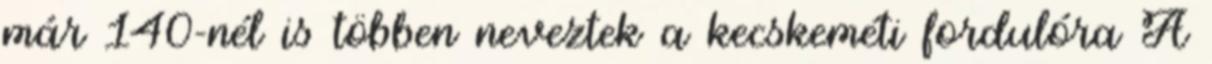
már 140-nél is többen neveztek a kecskeméti fordulóra A